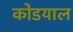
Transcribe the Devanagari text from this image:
कोडयाल